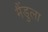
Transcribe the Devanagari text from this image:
मैंडुला